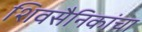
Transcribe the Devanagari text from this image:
शिवसैनिकांचा